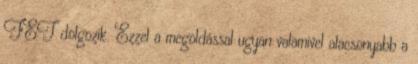
FET dolgozik. Ezzel a megoldással ugyan valamivel alacsonyabb a